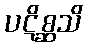
ပဋိစ္ဆသိ